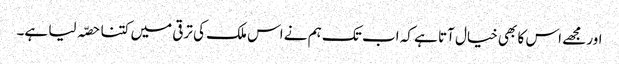
اور مجھے اس کا بھی خیال آتا ہے کہ اب تک ہم نے اس ملک کی ترقی میں کتنا حصّہ لیا ہے۔